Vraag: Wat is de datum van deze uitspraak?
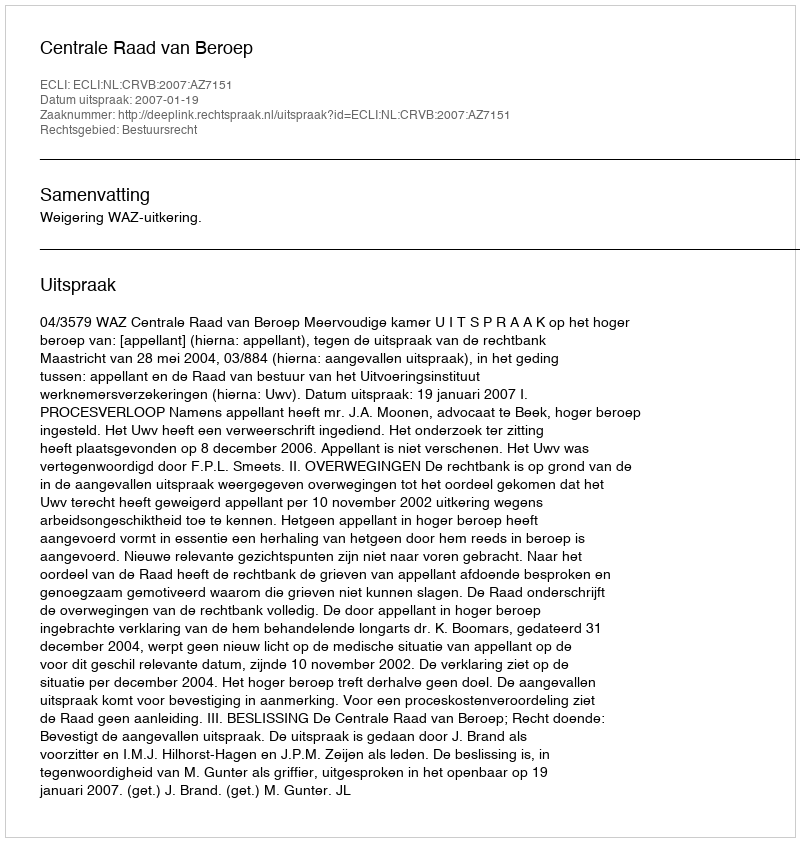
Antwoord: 2007-01-19